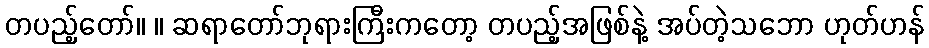
တပည့်တော်။ ။ ဆရာတော်ဘုရားကြီးကတော့ တပည့်အဖြစ်နဲ့ အပ်တဲ့သဘော ဟုတ်ဟန်